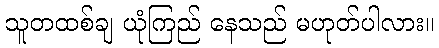
သူတထစ်ချ ယုံကြည် နေသည် မဟုတ်ပါလား။